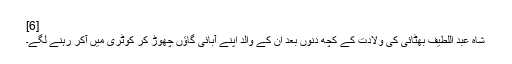
[6]
شاہ عبد اللطیف بھٹائی کی ولادت کے کچھ دنوں بعد ان کے والد اپنے آبائی گاؤں چھوڑ کر کوٹری میں آکر رہنے لگے۔